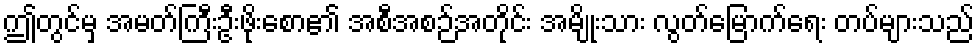
ဤတွင်မှ အမတ်ကြီးဦးဖိုးစော၏ အစီအစဉ်အတိုင်း အမျိုးသား လွတ်မြောက်ရေး တပ်များသည်